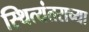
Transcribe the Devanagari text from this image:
स्थित्यंतराच्या